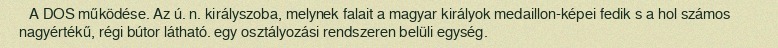
A DOS működése. Az ú. n. királyszoba, melynek falait a magyar királyok medaillon-képei fedik s a hol számos nagyértékű, régi bútor látható. egy osztályozási rendszeren belüli egység.